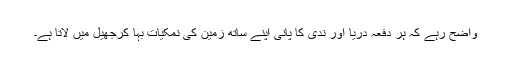
واضح رہے کہ ہر دفعہ دریا اور ندی کا پانی اپنے ساتھ زمین کی نمکیات بہا کرجھیل میں لاتا ہے۔